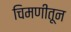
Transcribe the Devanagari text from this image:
चिमणीतून